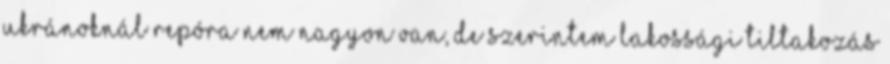
ukránoknál repóra nem nagyon van, de szerintem lakossági tiltakozás